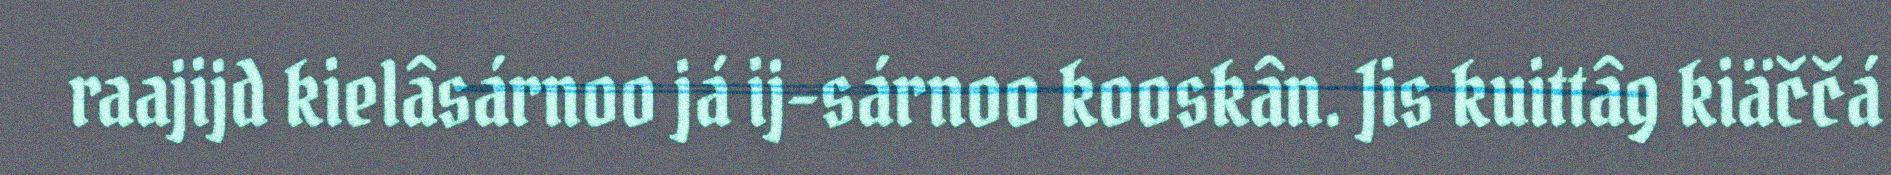
raajijd kielâsárnoo já ij-sárnoo kooskân. Jis kuittâg kiäččá